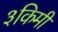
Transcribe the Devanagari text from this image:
३किमी